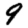
Digit: 9